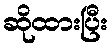
ဆိုထားပြီး